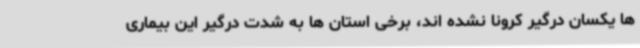
ها یکسان درگیر کرونا نشده اند، برخی استان ها به شدت درگیر این بیماری